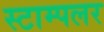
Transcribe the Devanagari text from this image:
स्टाम्पलर